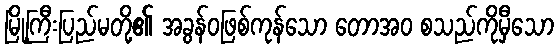
မြို့ကြီးပြည်မတို့၏ အခွန်ဝဖြစ်ကုန်သော တောအဝ စသည်ကိုမှီသော